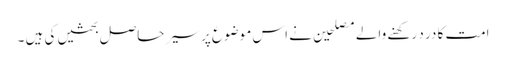
امت کا در د رکھنے والے مصلحین نے اس موضوع پر سیر حاصل بحثیں کی ہیں ۔